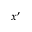
x ^ { \prime }